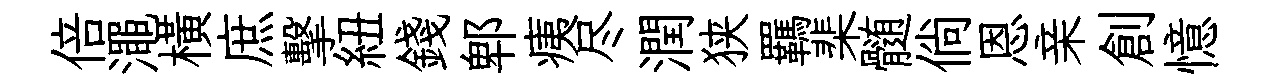
倍澠橫庶擊紐錢郫痍尽潤狭羈棐髄倘恩亲創憶